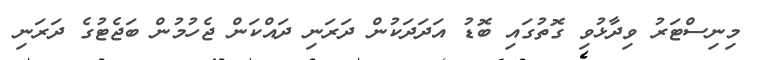
މިނިސްޓަރު ވިދާޅުވި ގޮތުގައި ބޮޑު އަދަދަކުން ދަރަނި ދައްކަން ޖެހުމުން ބަޖެޓުގެ ދަރަނި